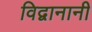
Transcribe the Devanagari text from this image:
विद्वानानी